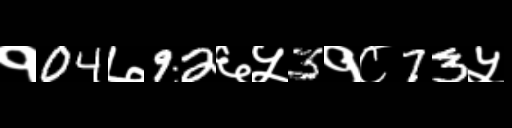
Text: १04७92६५3१८73५